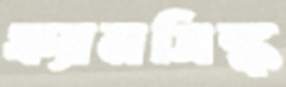
ফ্যানসিঙ্ক